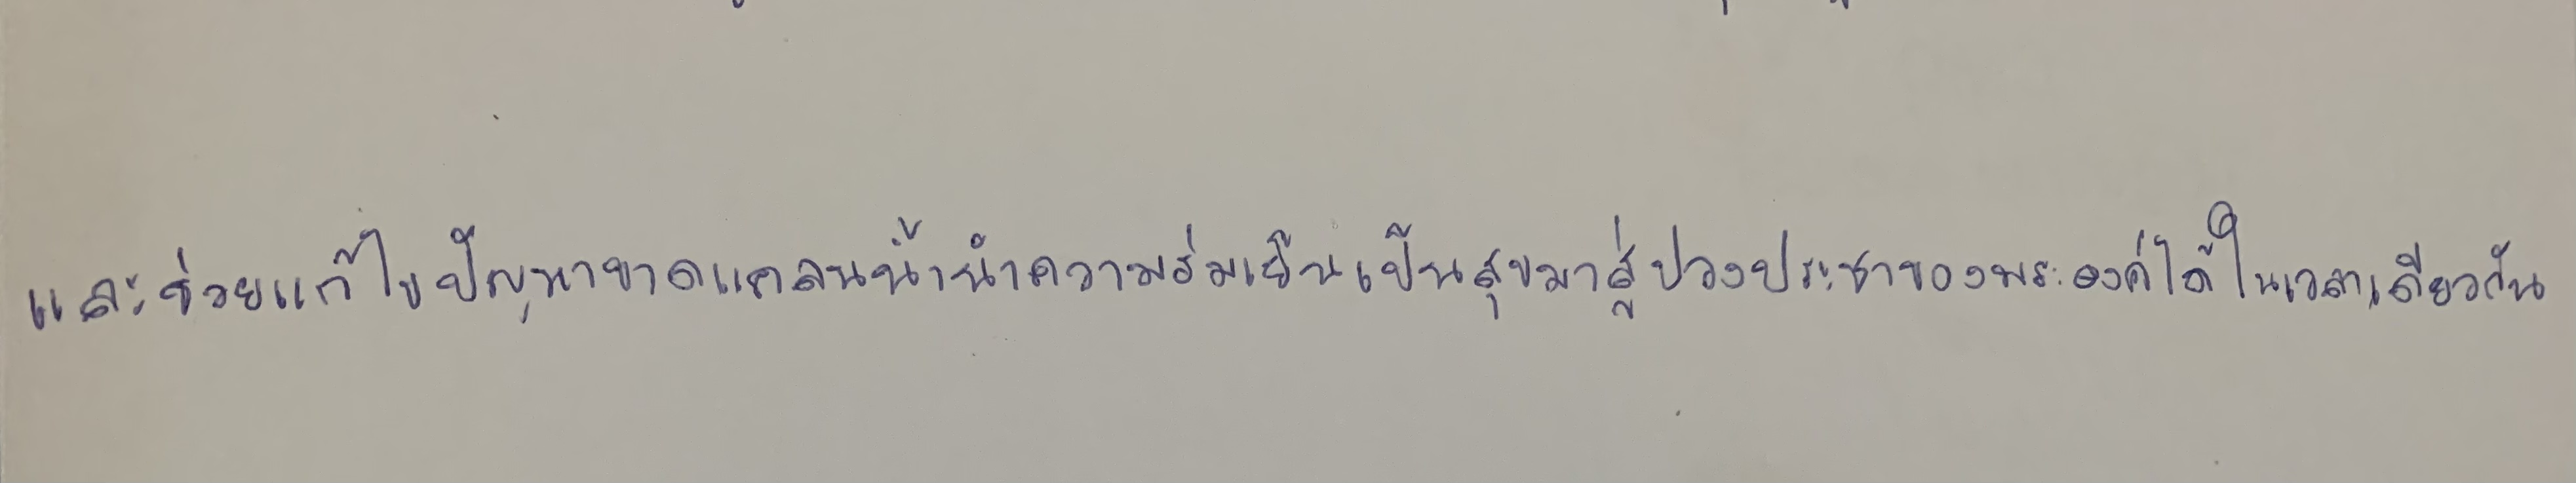
และช่วยแก้ไขปัญหาขาดแคลนน้ำนำความร่มเย็นเป็นสุขมาสู่ปวงประชาของพระองค์ได้ในเวลาเดียวกัน